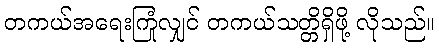
တကယ်အရေးကြုံလျှင် တကယ်သတ္တိရှိဖို့ လိုသည်။